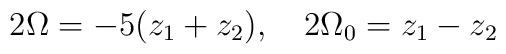
2\Omega=-5(z_1+z_2),\quad 2\Omega_0=z_1-z_2